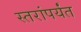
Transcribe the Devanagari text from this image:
स्तरांपर्यंत